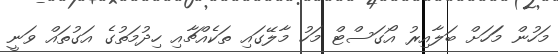
މަހުން މަަހަށް ބަލާއިރު އޯގަސްޓް މަހު މާލޭގައި ތަކެއްޗާއި ހިދުމަތުގެ އަގުތައް ވަނީ